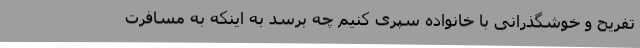
تفریح و خوشگذرانی با خانواده سپری کنیم چه برسد به اینکه به مسافرت